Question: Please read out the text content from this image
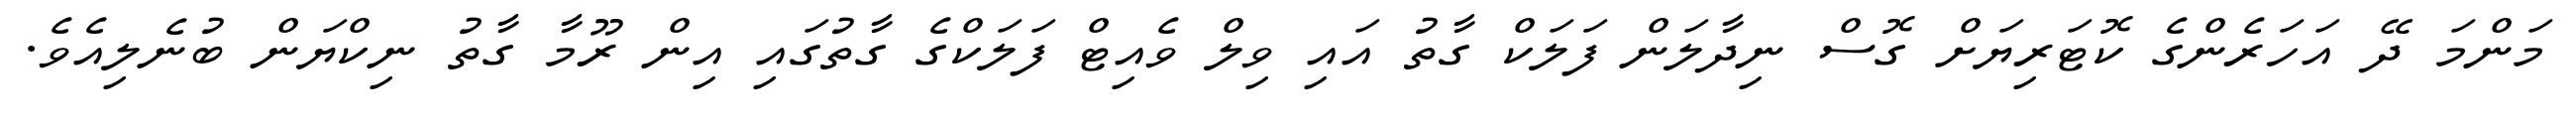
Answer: މަންމަ ދޭ އަހަރެންގެ ކޮޓަރިޔަށް ގޮސް ނިދާލަން ފަލަކް ގާތު އައި ވިލް ވެއިޓް ފަލަކްގެ ގާތުގައި އިން ރޫމާ ގާތު ނިކްޔަން ބުނެލިއެވެ.